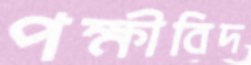
পক্ষীবিদ